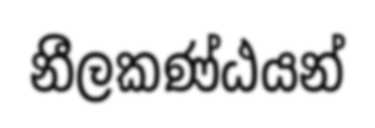
නීලකණ්ඨයන්